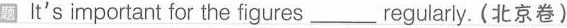
题 It's important for the figures ___ regularly. (北京卷)